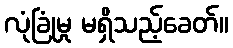
လုံခြုံမှု မရှိသည့်ခေတ်။